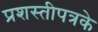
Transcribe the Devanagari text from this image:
प्रशस्तीपत्रके